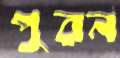
পুরন